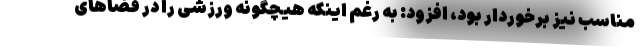
مناسب نیز برخوردار بود، افزود: به رغم اینکه هیچگونه ورزشی را در فضاهای